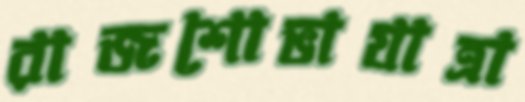
রাজশোভাযাত্রা